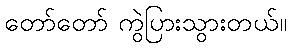
တော်တော် ကွဲပြားသွားတယ်။